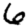
Digit: 6